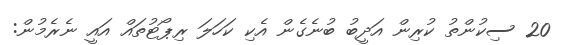
20 ސިކުންތު ކުރިން އަދީބު ބުނެގެން އެކި ކަހަލަ ރިޕޯޓުތައް އައީ ނެރެމުން: